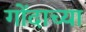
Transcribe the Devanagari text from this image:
गोंदाच्या